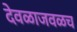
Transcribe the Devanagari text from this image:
देवळाजवळच